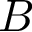
B